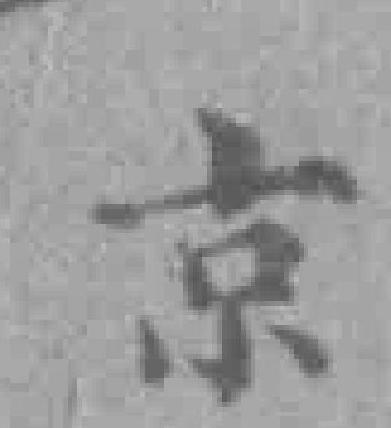
京